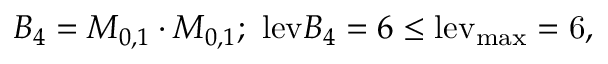
B _ { 4 } = M _ { 0 , 1 } \cdot M _ { 0 , 1 } ; ~ \mathrm { l e v } { B _ { 4 } } = 6 \le \mathrm { { l e v } _ { \mathrm { { m a x } } } = 6 , }